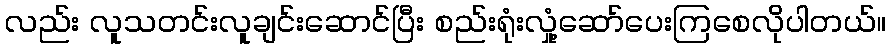
လည်း လူသတင်းလူချင်းဆောင်ပြီး စည်းရုံးလှုံ့ဆော်ပေးကြစေလိုပါတယ်။